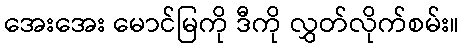
အေးအေး မောင်မြကို ဒီကို လွှတ်လိုက်စမ်း။